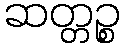
ဆတ္တဉ္စ